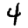
Digit: 4